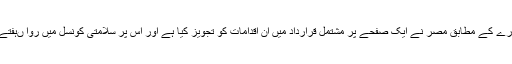
برطانوی خبر رساں ادارے کے مطابق مصر نے ایک صفحے پر مشتمل قرارداد میں ان اقدامات کو تجویز کیا ہے اور اس پر سلامتی کونسل میں روا ںہفتے ووٹنگ کر سکتی ہے۔